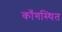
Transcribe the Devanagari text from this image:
काँगस्थित